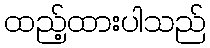
ထည့်ထားပါသည်